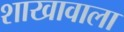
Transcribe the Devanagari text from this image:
शाखावाला